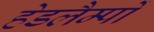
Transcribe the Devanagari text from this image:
हेडलैम्पों